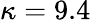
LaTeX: \kappa=9.4